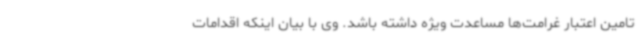
تامین اعتبار غرامت‌ها مساعدت ویژه داشته باشد. وی با بیان اینکه اقدامات